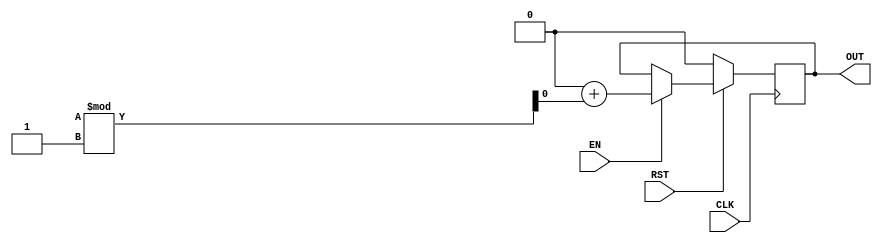

// Copyright (c) 2000-2012 Bluespec, Inc.

// Permission is hereby granted, free of charge, to any person obtaining a copy
// of this software and associated documentation files (the "Software"), to deal
// in the Software without restriction, including without limitation the rights
// to use, copy, modify, merge, publish, distribute, sublicense, and/or sell
// copies of the Software, and to permit persons to whom the Software is
// furnished to do so, subject to the following conditions:

// The above copyright notice and this permission notice shall be included in
// all copies or substantial portions of the Software.

// THE SOFTWARE IS PROVIDED "AS IS", WITHOUT WARRANTY OF ANY KIND, EXPRESS OR
// IMPLIED, INCLUDING BUT NOT LIMITED TO THE WARRANTIES OF MERCHANTABILITY,
// FITNESS FOR A PARTICULAR PURPOSE AND NONINFRINGEMENT. IN NO EVENT SHALL THE
// AUTHORS OR COPYRIGHT HOLDERS BE LIABLE FOR ANY CLAIM, DAMAGES OR OTHER
// LIABILITY, WHETHER IN AN ACTION OF CONTRACT, TORT OR OTHERWISE, ARISING FROM,
// OUT OF OR IN CONNECTION WITH THE SOFTWARE OR THE USE OR OTHER DEALINGS IN
// THE SOFTWARE.
//
// $Revision$
// $Date$

`ifdef BSV_ASSIGNMENT_DELAY
`else
  `define BSV_ASSIGNMENT_DELAY
`endif

`ifdef BSV_POSITIVE_RESET
  `define BSV_RESET_VALUE 1'b1
  `define BSV_RESET_EDGE posedge
`else
  `define BSV_RESET_VALUE 1'b0
  `define BSV_RESET_EDGE negedge
`endif


module ConstrainedRandom(CLK, RST, OUT, EN);

   parameter width = 1 ;
   parameter min = 0 ;
   parameter max = 0 ;

   input           CLK;
   input           RST;
   input           EN;
   output [width - 1: 0] OUT;

   reg [width - 1: 0]    OUT;
   reg [width - 1: 0]    OUT2;

   integer 	    i;
   always@(posedge CLK)
     begin
        if (RST == `BSV_RESET_VALUE)
          OUT <= min;
        else if (EN)
	  begin
	     i = 0;
	     OUT2 = 0;
	     for (i = 0; i <= width; i = i + 32) begin
		OUT2 = {OUT2, $random};
	     end
	     if ((1 + (max - min)) == 0)
	       OUT <= `BSV_ASSIGNMENT_DELAY min + OUT2;
	     else
	       OUT <= `BSV_ASSIGNMENT_DELAY min + (OUT2 % (1 + (max - min)));
	  end

     end

   // synopsys translate_off
   initial begin
      OUT = {((width + 1)/2){2'b10}} ;
   end
   // synopsys translate_on


endmodule // ConstrainedRandom